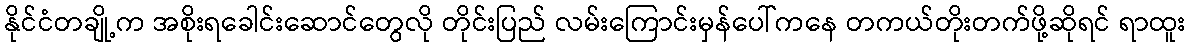
နိုင်ငံတချို့က အစိုးရခေါင်းဆောင်တွေလို တိုင်းပြည် လမ်းကြောင်းမှန်ပေါ်ကနေ တကယ်တိုးတက်ဖို့ဆိုရင် ရာထူး